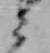
ミ